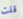
قلت